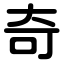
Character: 奇